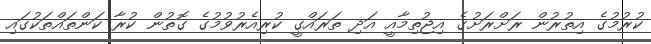
ކުރުމުގެ އިތުރުން ރަށްރަށުގެ އިޖުތިމާއީ އަދި ތަރައްގީ ކުރިއެރުވުމުގެ ގޮތުން ކުރާ ކަންތައްތަކުގައި